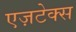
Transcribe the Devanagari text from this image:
एज़टेक्स